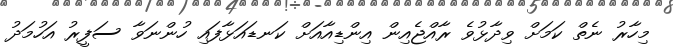
މިހާރު ނެތް ކަމަށް ވިދާޅުވެ ރާއްޖެއިން އިންޑިއާއަށް ކަނޑައަޅާފައި ހުންނަވާ ސަފީރު އަހުމަދު